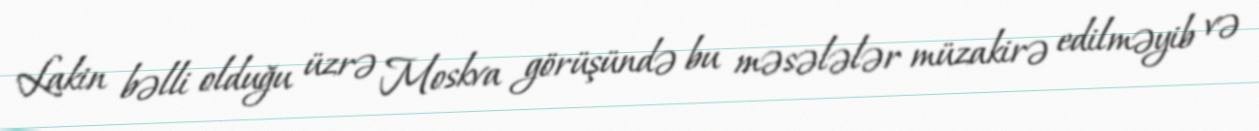
Lakin bəlli olduğu üzrə Moskva görüşündə bu məsələlər müzakirə edilməyib və